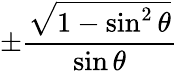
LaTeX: \pm{\frac{\sqrt{1-\sin^{2}\theta}}{\sin\theta}}